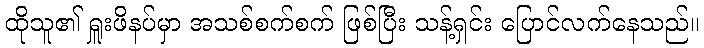
ထိုသူ၏ ရှူးဖိနပ်မှာ အသစ်စက်စက် ဖြစ်ပြီး သန့်ရှင်း ပြောင်လက်နေသည်။